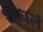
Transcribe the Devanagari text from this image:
शोधलं